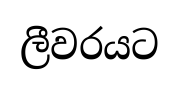
ලීවරයට